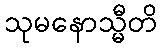
သုမနောသ္မီတိ